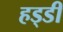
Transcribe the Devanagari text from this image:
हड्‍डी